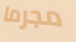
مجرما